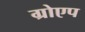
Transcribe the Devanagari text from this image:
ग्रोएप